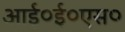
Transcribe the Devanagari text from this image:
आई०ई०एस०